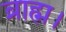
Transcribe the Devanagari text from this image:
ब्राह्म।